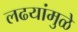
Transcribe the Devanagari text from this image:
लढयांमुळे